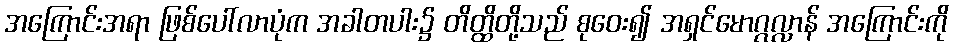
အကြောင်းအရာ ဖြစ်ပေါ်လာပုံက အခါတပါး၌ တိတ္ထိတို့သည် စုဝေး၍ အရှင်မောဂ္ဂလ္လာန် အကြောင်းကို